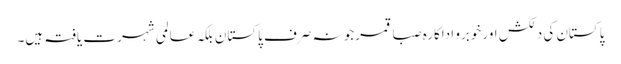
پاکستان کی دلکش اور خوبرو اداکارہ صبا قمرجو نہ صرف پاکستان بلکہ عالمی شہرت یافتہ ہیں۔